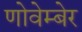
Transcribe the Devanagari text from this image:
णोवेम्बेर